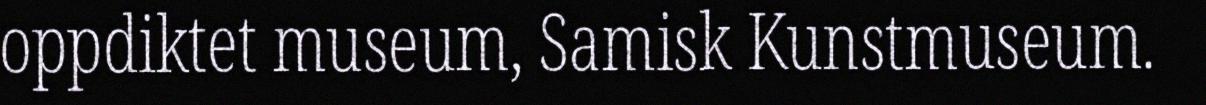
oppdiktet museum, Samisk Kunstmuseum.